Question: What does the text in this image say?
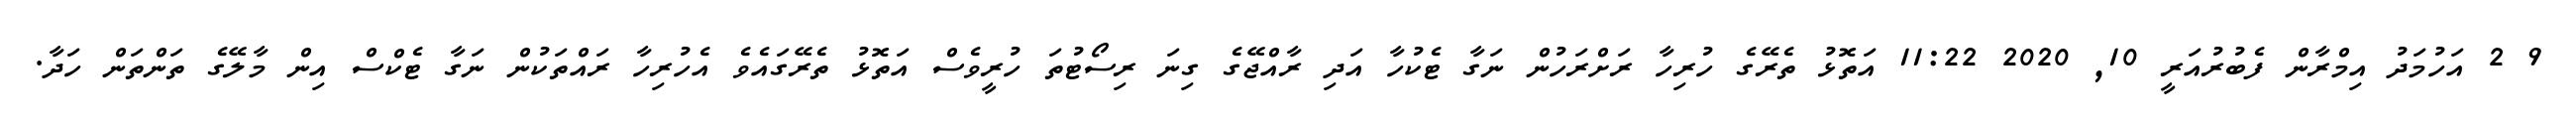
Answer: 9 2 އަހުމަދު އިމްރާން ފެބުރުއަރީ 10, 2020 11:22 އަތޮޅު ތެރޭގެ ހުރިހާ ރަށްރަހުން ނަގާ ޓެކުހާ އަދި ރާއްޖޭގެ ގިނަ ރިސޯޓުތަ ހުރީވެސް އަތޮޅު ތެރޭގައެވެ އެހުރިހާ ރައްތަކުން ނަގާ ޓެކްސް އިން މާލޭގެ ތަންތަން ހަދާ.